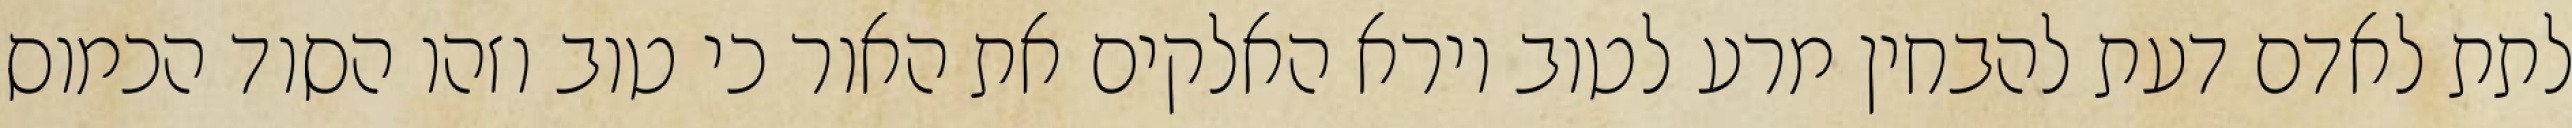
לתת לאדם דעת להבחין מרע לטוב וירא האלקים את האור כי טוב וזהו הסוד הכמוס